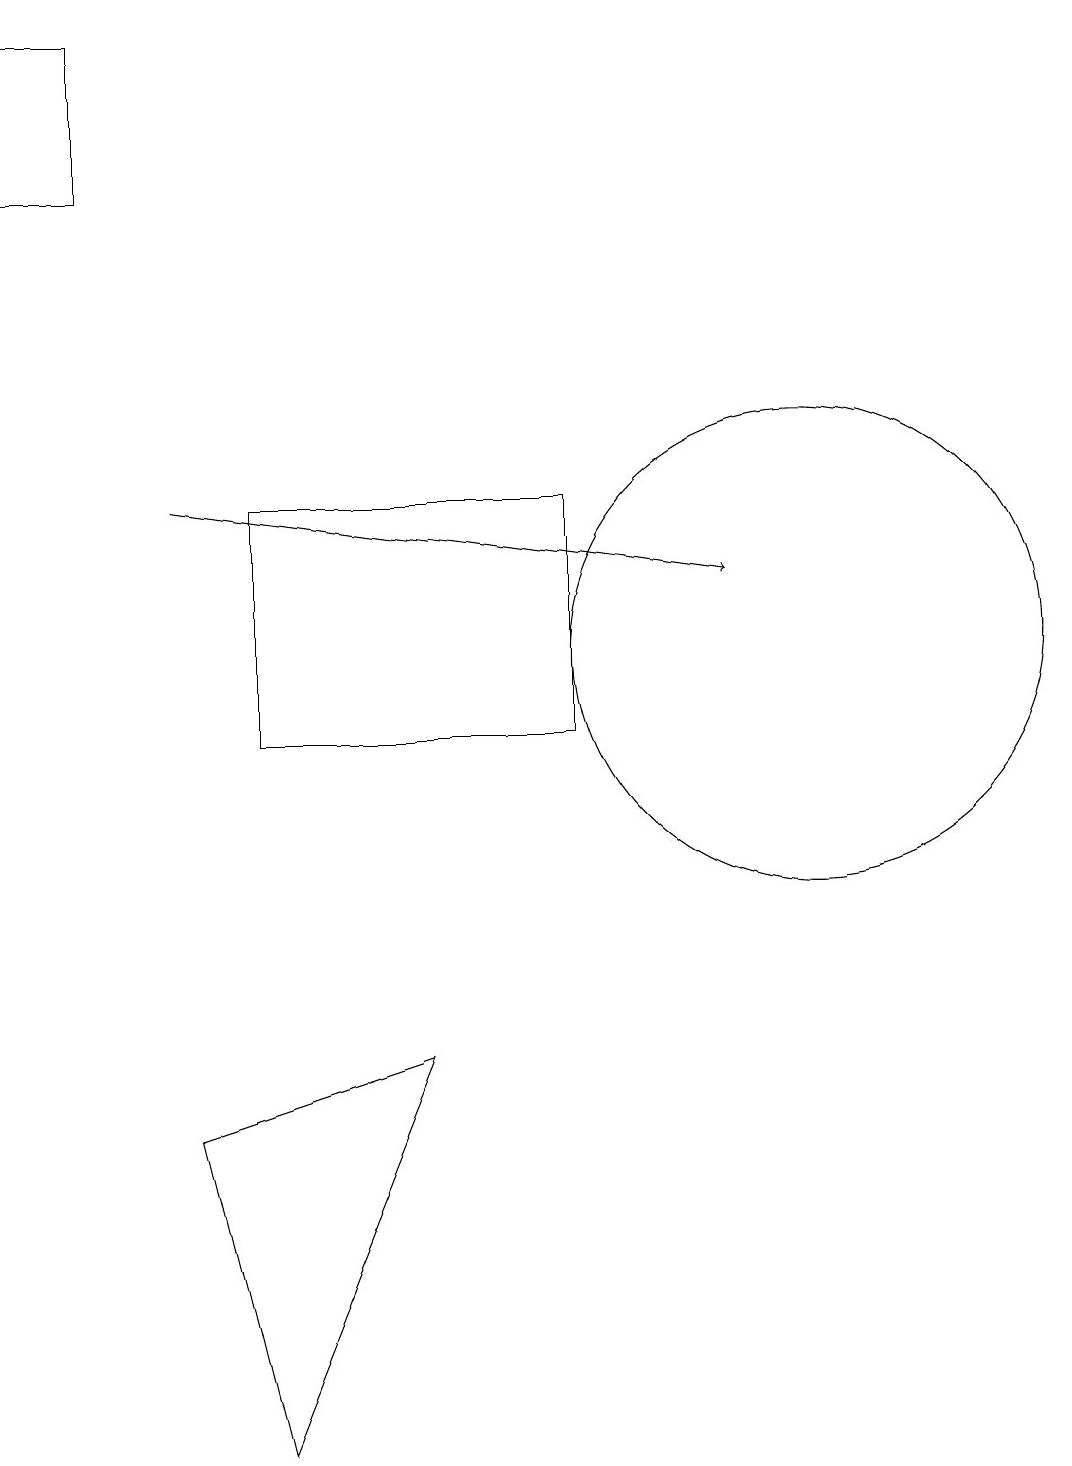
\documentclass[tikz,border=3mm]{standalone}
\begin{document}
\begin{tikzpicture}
\draw (7,10) rectangle (3,13);
\draw (10,11) circle (3);
\draw (3,1) -- (2,5) -- (5,6) -- cycle;
\draw[->] (2,13) -- (9,12);
\draw (0,19) rectangle (1,17);
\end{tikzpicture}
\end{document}